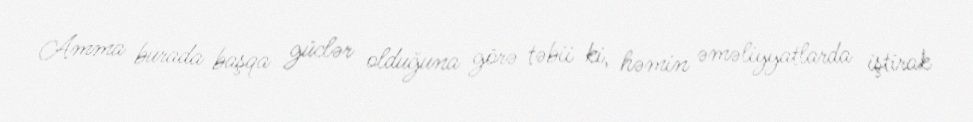
Amma burada başqa güclər olduğuna görə təbii ki, həmin əməliyyatlarda iştirak